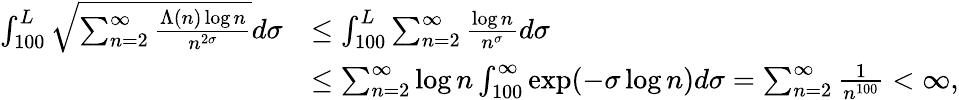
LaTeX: \begin{array}{rl}{\int_{100}^{L}\sqrt{\sum_{n=2}^{\infty}\frac{\Lambda(n)\log n}{n^{2\sigma}}}d\sigma}&{\leq\int_{100}^{L}\sum_{n=2}^{\infty}\frac{\log n}{n^{\sigma}}d\sigma}\\ &{\leq\sum_{n=2}^{\infty}\log n\int_{100}^{\infty}\exp(-\sigma\log n)d\sigma=\sum_{n=2}^{\infty}\frac{1}{n^{100}}<\infty,}\end{array}